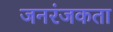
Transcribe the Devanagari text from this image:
जनरंजकता